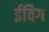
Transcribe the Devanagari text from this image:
ईविग